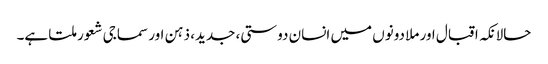
حالانکہ اقبال اور ملا دونوں میں انسان دوستی، جدید، ذہن اور سماجی شعور ملتا ہے۔